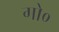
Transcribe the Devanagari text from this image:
गो०